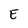
Character: E